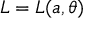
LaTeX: L = L ( a , \theta )